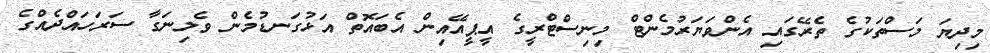
މިދިޔަ މަސްތަކުގެ ތެރޭގައި އެންވަޔަރުމެންޓް މިނިސްޓްރީގެ އީޕީއޭއިން އެބައޮތް އަޅުގަނޑުމެން ވެލިނަގާ ސަރަހައްދެއްގެ